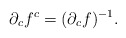
\begin{align*}\partial_c f^c=(\partial_c f)^{-1}.\end{align*}